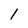
Character: l